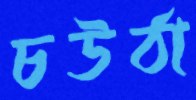
চউঠা